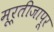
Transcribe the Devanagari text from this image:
मूर्तीजापूर